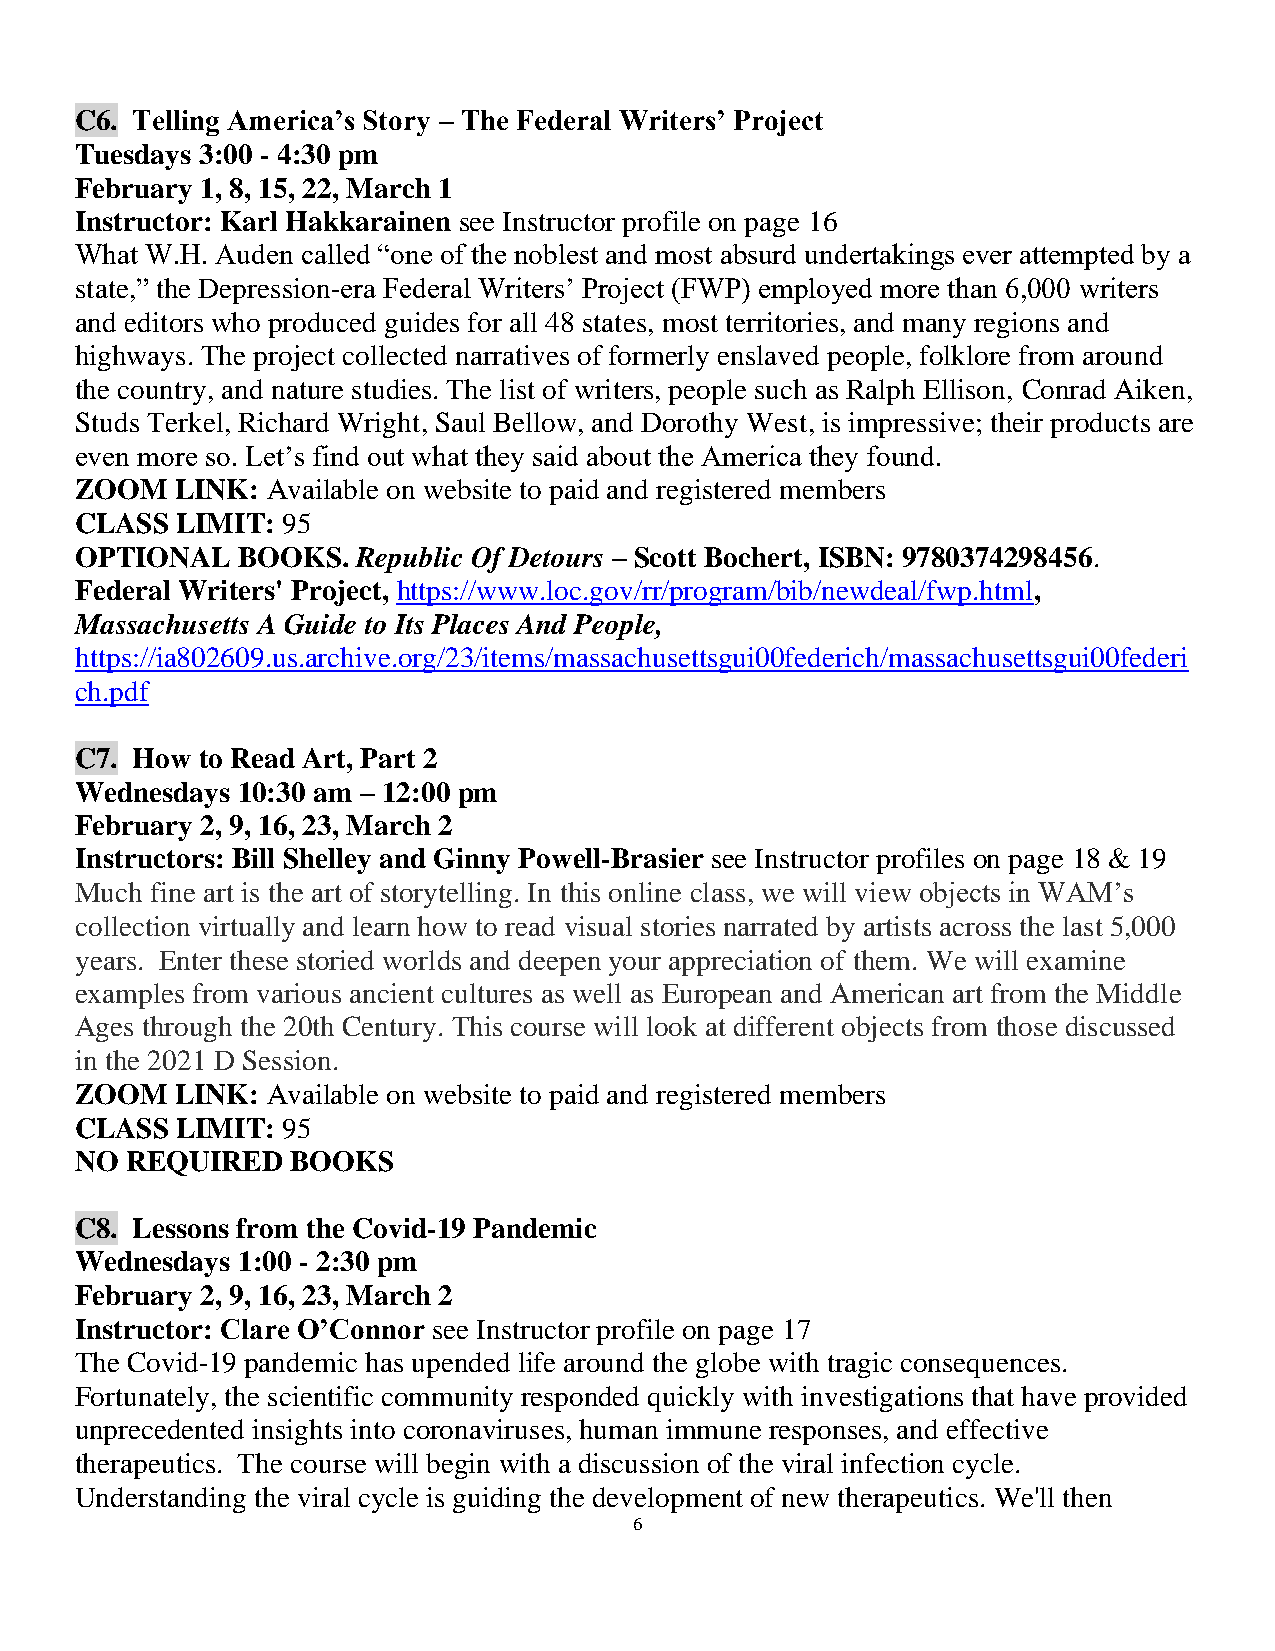
C6. Telling America’s Story – The Federal Writers’ Project
 Tuesdays 3:00 - 4:30 pm
 February 1, 8, 15, 22, March 1
 Instructor: Karl Hakkarainen see Instructor profile on page 16
 What W.H. Auden called “one of the noblest and most absurd undertakings ever attempted by a
 state,” the Depression-era Federal Writers’ Project (FWP) employed more than 6,000 writers
 and editors who produced guides for all 48 states, most territories, and many regions and
 highways. The project collected narratives of formerly enslaved people, folklore from around
 the country, and nature studies. The list of writers, people such as Ralph Ellison, Conrad Aiken,
 Studs Terkel, Richard Wright, Saul Bellow, and Dorothy West, is impressive; their products are
 even more so. Let’s find out what they said about the America they found.
 ZOOM   LINK: Available on website to paid and registered members
 CLASS  LIMIT: 95
 OPTIONAL   BOOKS.  Republic Of Detours – Scott Bochert, ISBN: 9780374298456.
 Federal Writers' Project, https://www.loc.gov/rr/program/bib/newdeal/fwp.html,
 Massachusetts A Guide to Its Places And People,
 https://ia802609.us.archive.org/23/items/massachusettsgui00federich/massachusettsgui00federi
 ch.pdf
 C7. How to Read Art, Part 2
 Wednesdays 10:30 am – 12:00 pm
 February 2, 9, 16, 23, March 2
 Instructors: Bill Shelley and Ginny Powell-Brasier see Instructor profiles on page 18 & 19
 Much fine art is the art of storytelling. In this online class, we will view objects in WAM’s
 collection virtually and learn how to read visual stories narrated by artists across the last 5,000
 years. Enter these storied worlds and deepen your appreciation of them. We will examine
 examples from various ancient cultures as well as European and American art from the Middle
 Ages through the 20th Century. This course will look at different objects from those discussed
 in the 2021 D Session.
 ZOOM   LINK: Available on website to paid and registered members
 CLASS  LIMIT: 95
 NO REQUIRED   BOOKS
 C8. Lessons from the Covid-19 Pandemic
 Wednesdays 1:00 - 2:30 pm
 February 2, 9, 16, 23, March 2
 Instructor: Clare O’Connor see Instructor profile on page 17
 The Covid-19 pandemic has upended life around the globe with tragic consequences.
 Fortunately, the scientific community responded quickly with investigations that have provided
 unprecedented insights into coronaviruses, human immune responses, and effective
 therapeutics. The course will begin with a discussion of the viral infection cycle.
 Understanding the viral cycle is guiding the development of new therapeutics. We'll then
 6